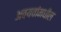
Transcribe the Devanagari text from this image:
अवयवांमधील